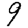
Digit: 9